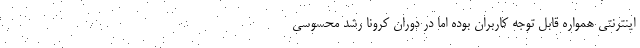
اینترنتی همواره قابل توجه کاربران بوده اما در دوران کرونا رشد محسوسی